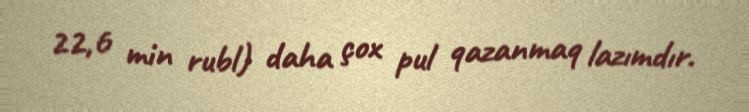
22,6 min rubl) daha çox pul qazanmaq lazımdır.